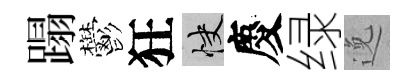
蹋鬱狂快慶绿𨓜